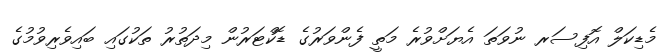
މެޑިކަލް އޮފިސަރ ނުވަތަ އެޔަށްވުރެ މަތީ ފެންވަރުގެ ޑޮކްޓަރުން މިދަތުރު ތަކުގައި ބައިވެރިވުމުގެ